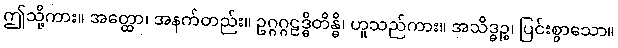
ဤသို့ကား။ အတ္ထော၊ အနက်တည်း။ ဥဂ္ဂဂ္ဂဠဒ္ဓိတိန္ဓိ၊ ဟူသည်ကား။ အသိဒ္ဓဉ္စ၊ ပြင်းစွာသော။